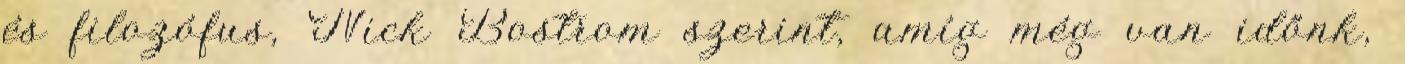
és filozófus, Nick Bostrom szerint, amíg még van időnk,